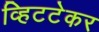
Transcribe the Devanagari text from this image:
व्हिटटेकर